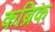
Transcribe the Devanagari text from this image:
कब्रिक